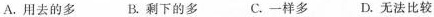
A.用去的多 B.剩下的多 C.一样多 D.无法比较